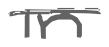
Text: in
Cross-out: single-line
Writing tool: digital_gray